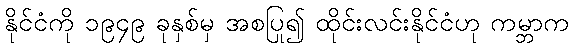
နိုင်ငံကို ၁၉၄၉ ခုနှစ်မှ အစပြု၍ ထိုင်းလင်းနိုင်ငံဟု ကမ္ဘာက